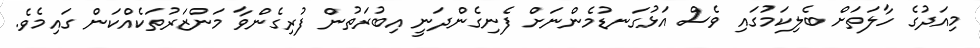
މިއަދުގެ ހާލަތަށް ބެލިކަމުގައި ވެސް އަޅުގަނޑުމެންނަށް ފެނިގެންދަނީ އިބުރަތުން ފުރިގެންވާ މަންޒަރުތަކެއްކަން ގައިމެވެ.